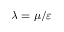
\lambda = \mu / \varepsilon